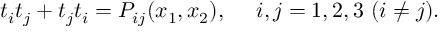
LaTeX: t _ { i } t _ { j } + t _ { j } t _ { i } = P _ { i j } ( x _ { 1 } , x _ { 2 } ) , ~ ~ ~ ~ i , j = 1 , 2 , 3 ~ ( i \neq j ) .